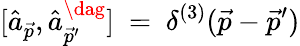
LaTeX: [\hat{a}_{\vec{p}},\hat{a}_{\vec{p}^{\prime}}^{\dag}]\ =\ \delta^{(3)}(\vec{p}-\vec{p}^{\prime})